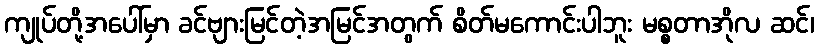
ကျုပ်တို့အပေါ်မှာ ခင်ဗျားမြင်တဲ့အမြင်အတွက် စိတ်မကောင်းပါဘူး မစ္စတာအိုလ ဆင်၊